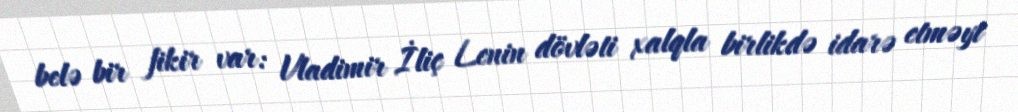
belə bir fikir var: Vladimir İliç Lenin dövləti xalqla birlikdə idarə etməyi